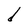
Character: d